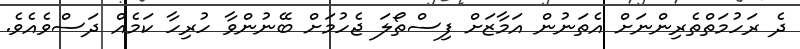
ދެ ރަހުމަތްތެރިންނަށް އެތަނުން އަމާޒަށް ފިސްތޯލަ ޖެހުމަށް ބޭނުންވާ ހުރިހާ ކަމެއް ދަސްވެއެވެ.